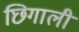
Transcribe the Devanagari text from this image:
छिगाली